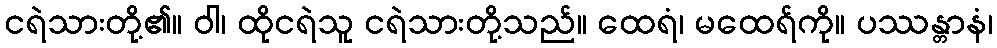
ငရဲသားတို့၏။ ဝါ၊ ထိုငရဲသူ ငရဲသားတို့သည်။ ထေရံ၊ မထေရ်ကို။ ပဿန္တာနံ၊